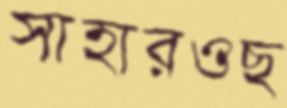
সাহারওছ